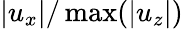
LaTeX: |u_{x}|/\operatorname*{max}(|u_{z}|)